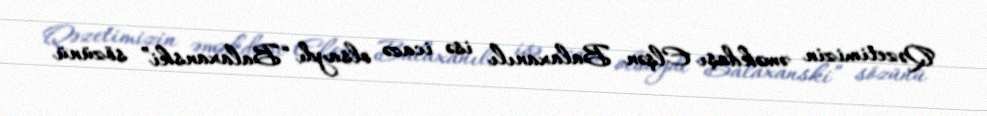
Qəzetimizin əməkdaşı Elşən Balaxanılı isə icazə olsaydı “Balaxanski” sözünü